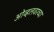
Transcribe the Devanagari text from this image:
ओव्हलवरच्या